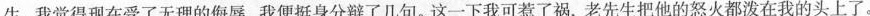
生，我觉得现在受了无理的侮辱，我便挺身分辩了几句。这一下我可惹了祸，老先生把他的怒火都泼在我的头上了。